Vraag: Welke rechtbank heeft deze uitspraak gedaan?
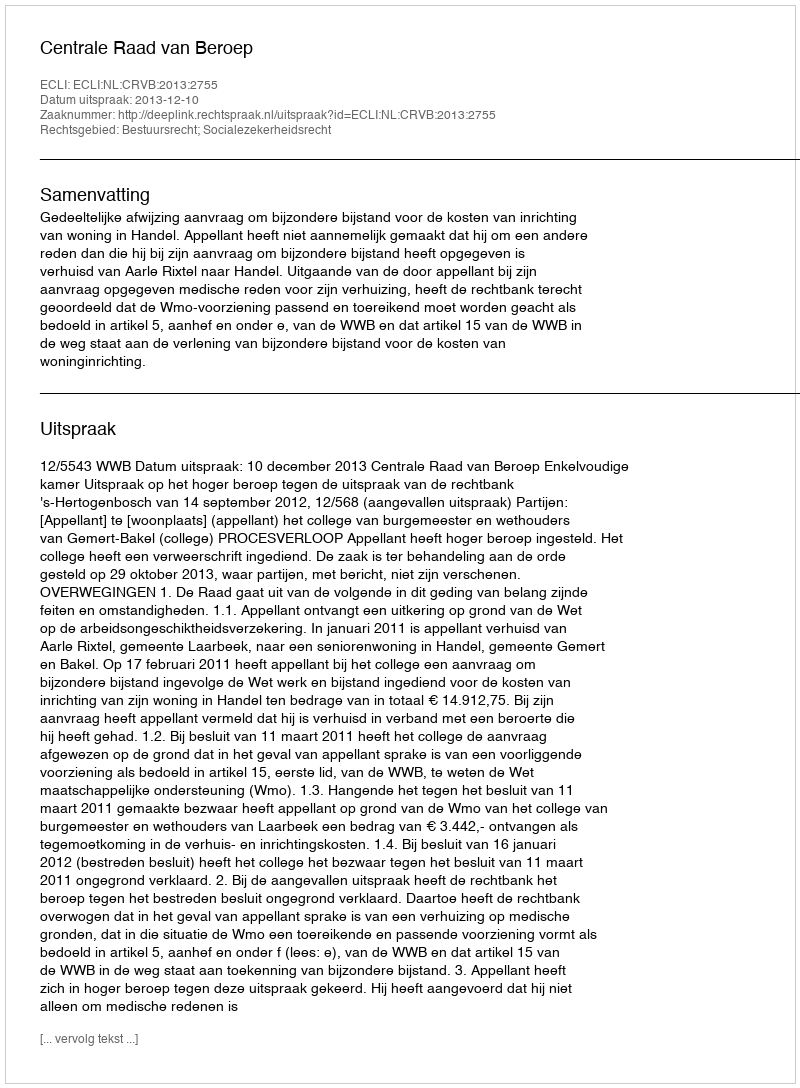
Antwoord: Centrale Raad van Beroep